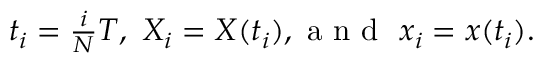
\begin{array} { r } { t _ { i } = \frac { i } { N } T , \ X _ { i } = X ( t _ { i } ) , \mathrm { ~ a ~ n ~ d ~ } \ x _ { i } = x ( t _ { i } ) . } \end{array}